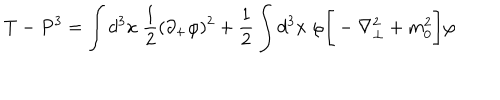
LaTeX: T - P ^ { 3 } = \int d ^ { 3 } x \; { \frac { 1 } { 2 } } ( \partial _ { + } \varphi ) ^ { 2 } + { \frac { 1 } { 2 } } \int d ^ { 3 } x \; \varphi \Bigg [ - \nabla _ { \perp } ^ { 2 } + m _ { 0 } ^ { 2 } \Bigg ] \varphi